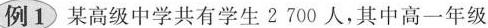
例1 某高级中学共有学生2700人，其中高一年级